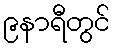
၉နာရီတွင်